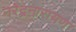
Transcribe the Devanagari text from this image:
नरेंद्रनारायण